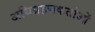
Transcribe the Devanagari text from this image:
अधिग्रहणकर्ताओं